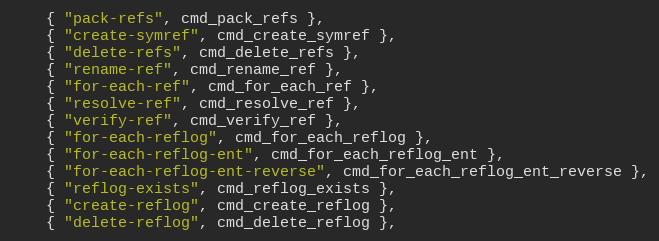
Language: C
	{ "pack-refs", cmd_pack_refs },
	{ "create-symref", cmd_create_symref },
	{ "delete-refs", cmd_delete_refs },
	{ "rename-ref", cmd_rename_ref },
	{ "for-each-ref", cmd_for_each_ref },
	{ "resolve-ref", cmd_resolve_ref },
	{ "verify-ref", cmd_verify_ref },
	{ "for-each-reflog", cmd_for_each_reflog },
	{ "for-each-reflog-ent", cmd_for_each_reflog_ent },
	{ "for-each-reflog-ent-reverse", cmd_for_each_reflog_ent_reverse },
	{ "reflog-exists", cmd_reflog_exists },
	{ "create-reflog", cmd_create_reflog },
	{ "delete-reflog", cmd_delete_reflog },